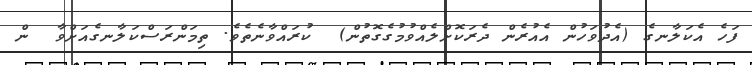
ފަހެ އެކަލާނގެ (އެދުވަހުން އެއުރެން ދެރަކޮށްލެއްވުމުގެގޮތުން)  ކުރައްވާނެތެވެ. ތިމަންރަސްކަލާނގެއަށްވާ  ން